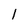
Character: 1